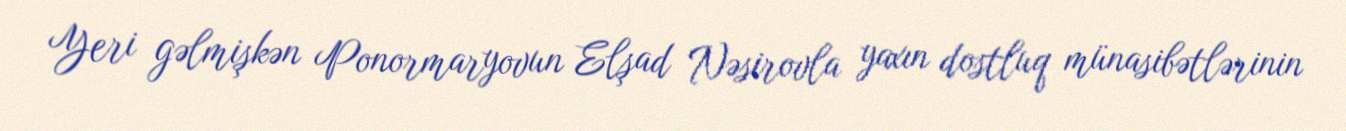
Yeri gəlmişkən Ponormaryovun Elşad Nəsirovla yaxın dostluq münasibətlərinin